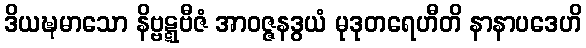
ဒိယဍ္ဎမာသော နိဗ္ဗဋ္ဋဗီဇံ အာဝဇ္ဇနဒွယံ မုဒုတရေဟီတိ နာနာပဒေဟိ